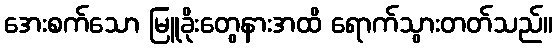
အေးစက်သော မြူခိုးတွေနားအထိ ရောက်သွားတတ်သည်။